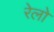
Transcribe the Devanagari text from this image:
रेलो